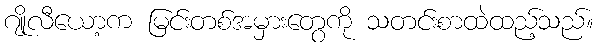
ဂျိုလီယော့က မြင်းတစ်အမှားတွေကို သတင်းစာထဲထည့်သည်။